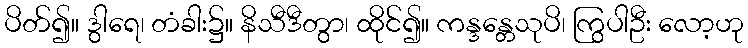
ပိတ်၍။ ဒွါရေ၊ တံခါး၌။ နိသီဒီတွာ၊ ထိုင်၍။ ကန္ဒန္တေသုပိ၊ ကြွပါဦး လော့ဟု